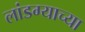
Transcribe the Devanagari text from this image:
लांडग्याच्या